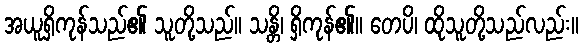
အယူရှိကုန်သည်၏ သူတို့သည်။ သန္တိ၊ ရှိကုန်၏။ တေပိ၊ ထိုသူတို့သည်လည်း။